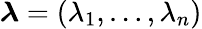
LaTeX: {\boldsymbol{\lambda}}=(\lambda_{1},\ldots,\lambda_{n})